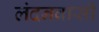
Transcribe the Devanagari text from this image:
लंदनवासी